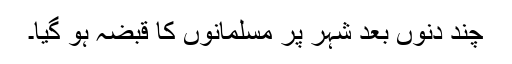
چند دنوں بعد شہر پر مسلمانوں کا قبضہ ہو گیا۔